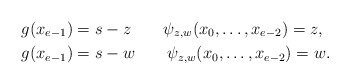
\begin{align*}&g(x_{e-1})=s-z\qquad\psi_{z, w}(x_0, \ldots, x_{e-2})=z,\\&g(x_{e-1})=s-w\qquad\psi_{z, w}(x_0, \ldots, x_{e-2})=w.\end{align*}